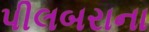
પીલબરાના